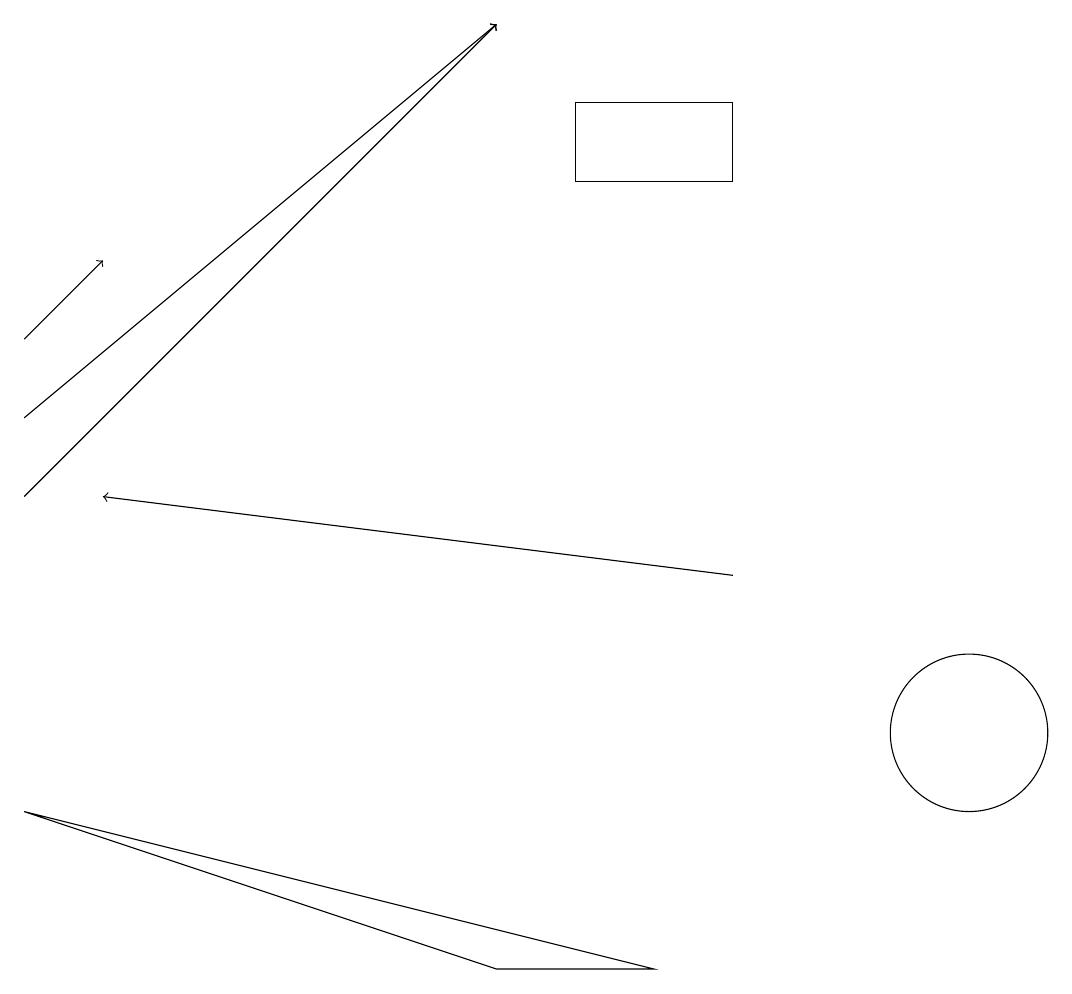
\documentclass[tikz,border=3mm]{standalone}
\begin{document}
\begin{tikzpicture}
\draw[->] (0,15) -- (1,16);
\draw[->] (0,13) -- (6,19);
\draw[->] (0,14) -- (6,19);
\draw (6,7) -- (0,9) -- (8,7) -- cycle;
\draw (9,18) rectangle (7,17);
\draw[->] (9,12) -- (1,13);
\draw (12,10) circle (1);
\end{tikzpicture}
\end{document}